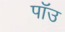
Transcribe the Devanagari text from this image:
पॉउ